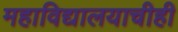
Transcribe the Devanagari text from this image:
महाविद्यालयाचीही